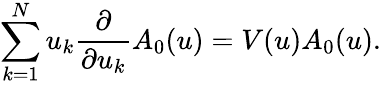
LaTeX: \sum_{k=1}^{N}u_{k}\frac{\partial}{\partial u_{k}}A_{0}(u)=V(u)A_{0}(u).